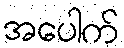
အပေါက်